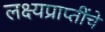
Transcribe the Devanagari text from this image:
लक्ष्यप्राप्तींचे